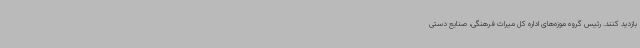
بازدید کنند. رئیس گروه موزه‌های اداره کل میراث فرهنگی، صنایع دستی